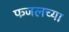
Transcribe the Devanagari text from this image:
फजलच्या